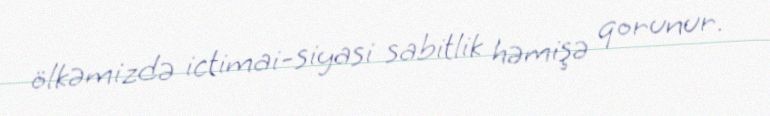
ölkəmizdə ictimai-siyasi sabitlik həmişə qorunur.